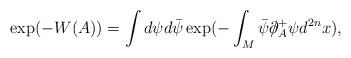
LaTeX: \begin{align*}\exp (-W(A))=\int d\psi d\bar{\psi }\exp (-\int _M \bar{\psi }\partial \!\!\! / _A^+ \psi d^{2n}x),\end{align*}